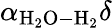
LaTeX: \alpha_{\mathrm{H_{2}O-H_{2}}}\delta